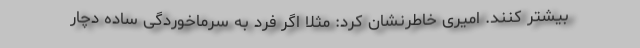
بیشتر کنند. امیری خاطرنشان کرد: مثلاً اگر فرد به سرماخوردگی ساده دچار